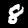
Label: 8